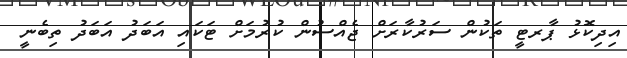
އިދިކޮޅު ޕާރޓީ ތަކުން ސަރުކާރަށް ޖެއްސުން ކުރުމަށް ޓަކައި އަބަދު އަބަދު ތިބެނީ